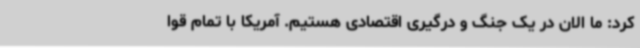
کرد: ما الان در یک جنگ و درگیری اقتصادی هستیم. آمریکا با تمام قوا